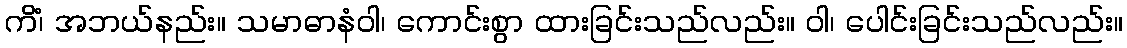
ကိံ၊ အဘယ်နည်း။ သမာဓာနံဝါ၊ ကောင်းစွာ ထားခြင်းသည်လည်း။ ဝါ၊ ပေါင်းခြင်းသည်လည်း။